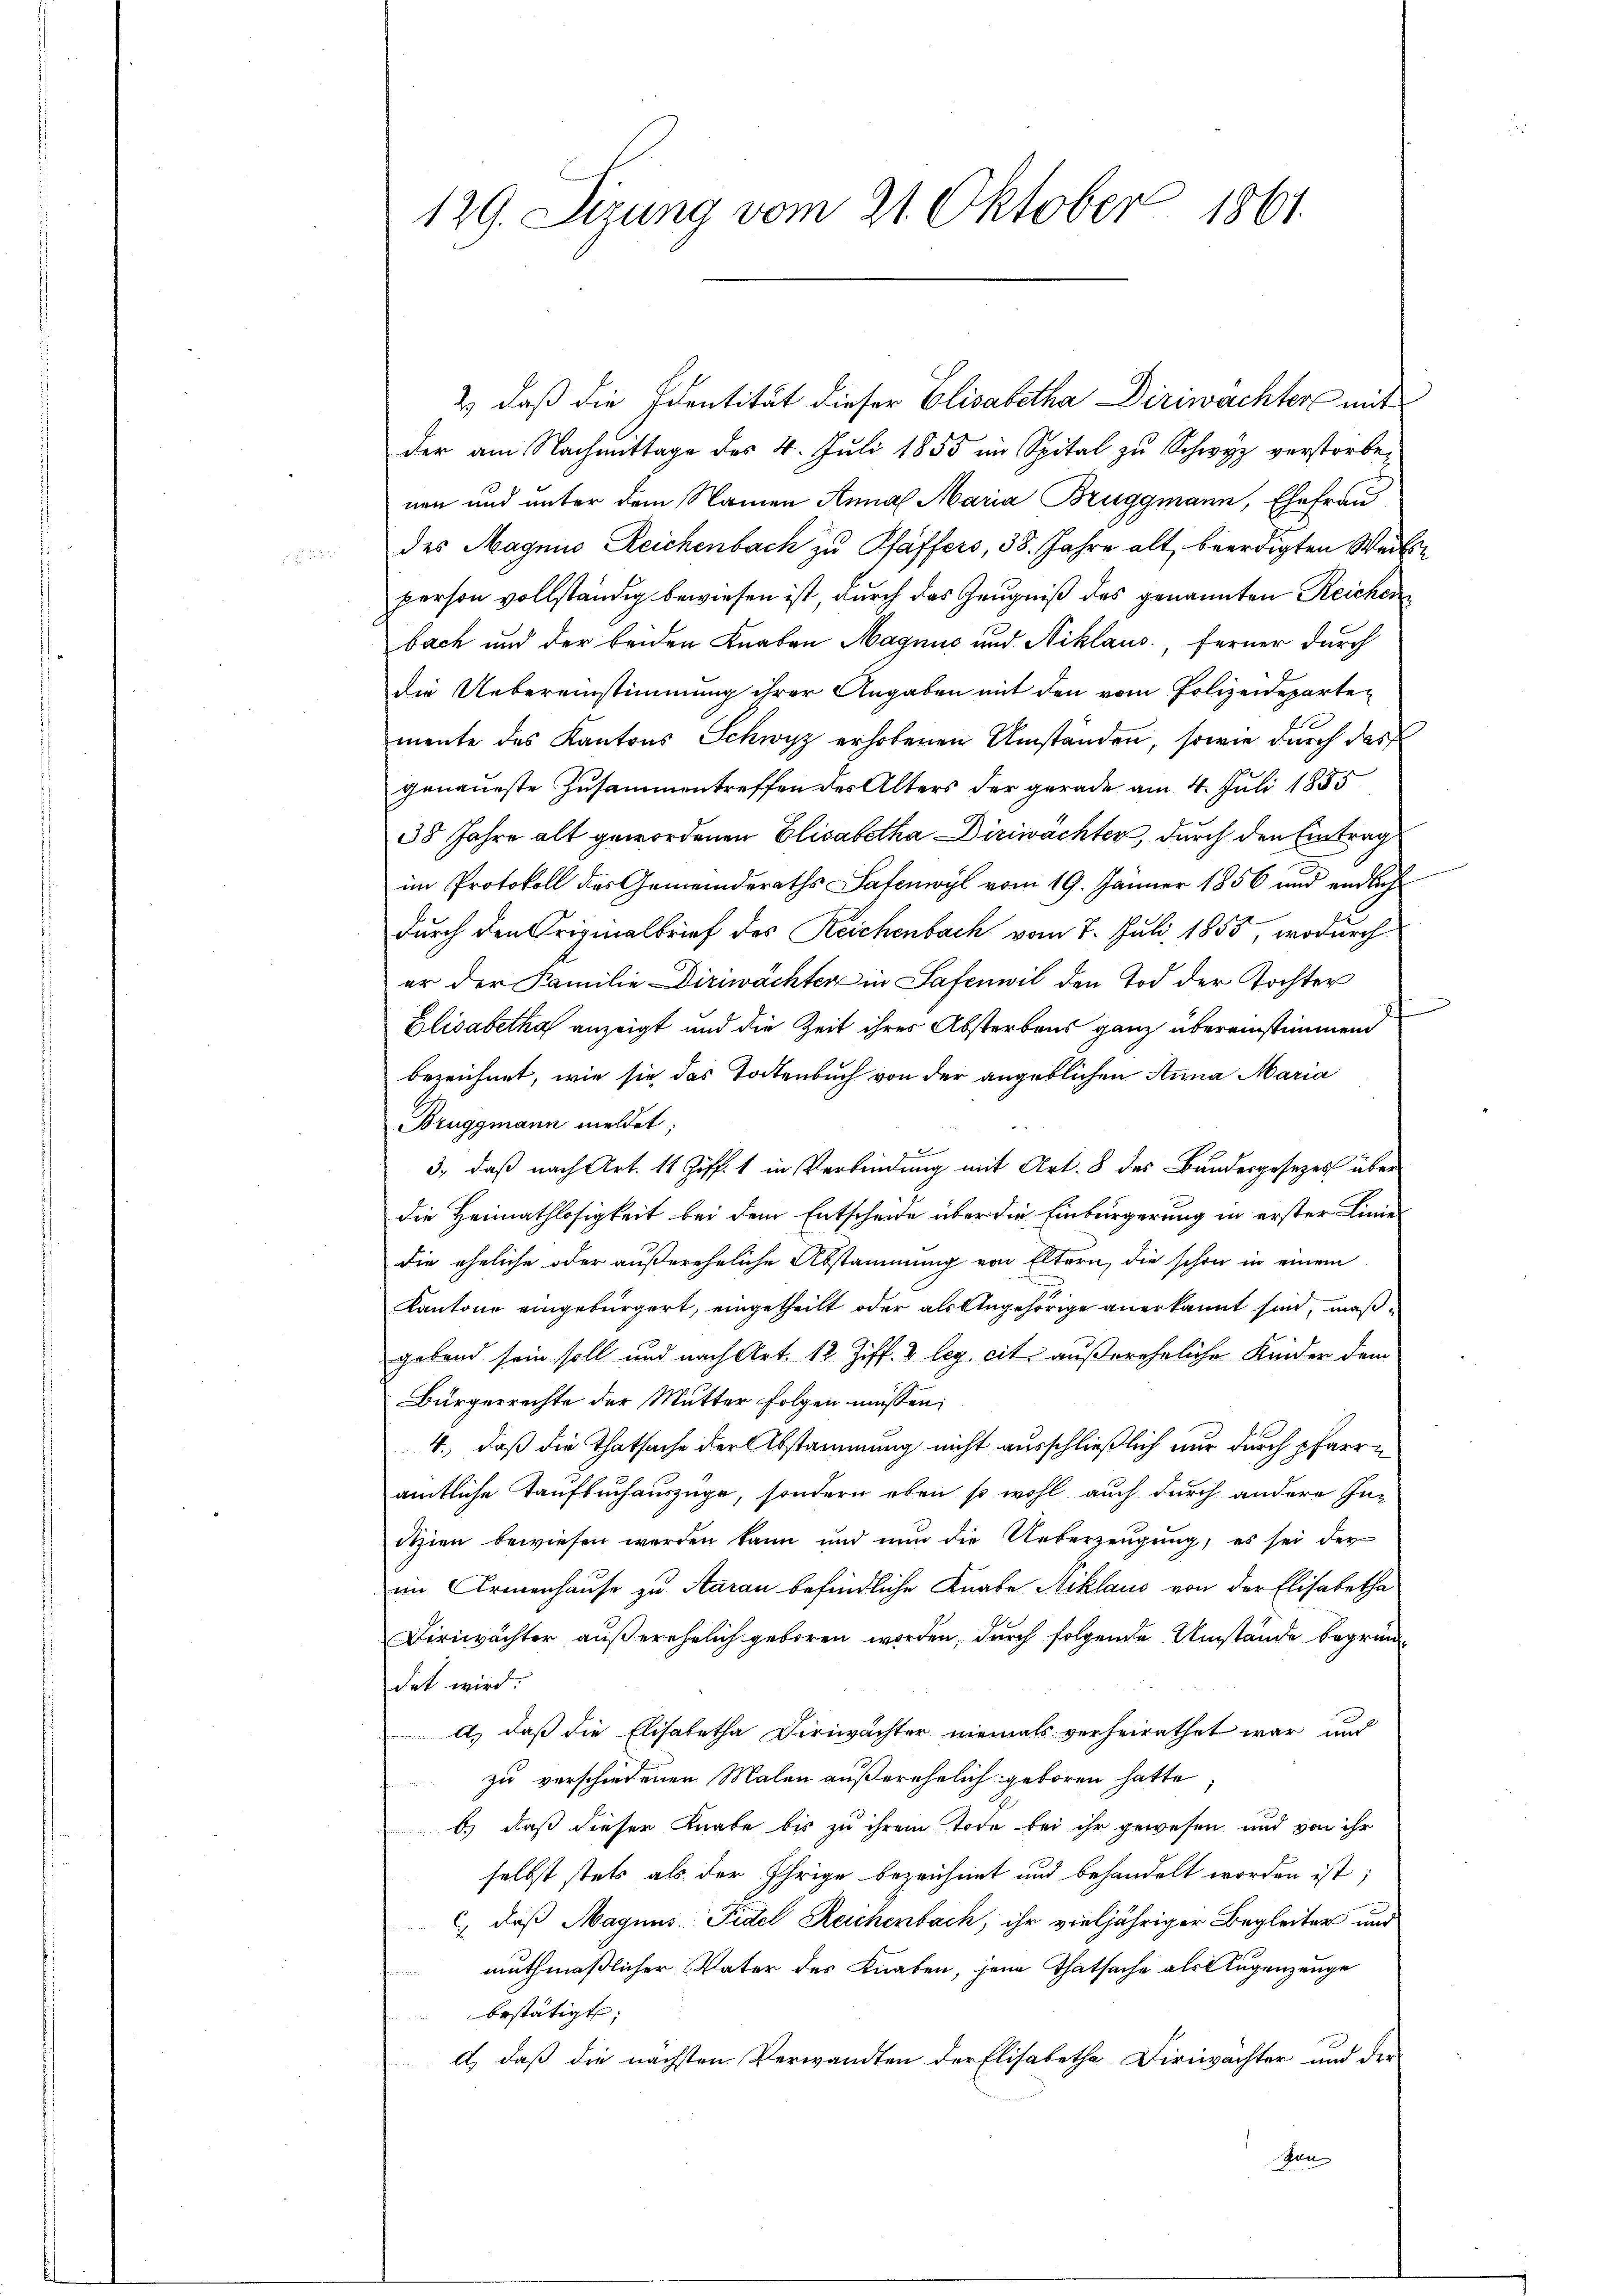
129. Sizung vom 21. Oktober 1861.

2) daß die Identität dieser Elisabetha Diriwachters mit
der am Nachmittage des 4. Juli 1855 im Spital zu Schwyz verstorbenen und unter dem Namen Anna Maria Bruggmann, Ehefrau
des Magnis Reichenbach zu Pfäffers, 38. Jahre alt, beerdigten Weibsperson vollständig bewiesen ist, durch das Zeugniß des genannten Reichen
bach und der beiden Knaben Magnus und Niklaus, ferner durch
die Uebereinstimmung ihrer Angaben mit den vom Polizeidepartemente des Kantons Schwyz erhobenen Umständen, sowie durch das
genaueste Zusammentreffen des Alters der gerade am 4. Juli 1885
38 Jahre alt gewordenen Elisabetha Diriwächter, durch den Eintrag
im Protokoll das Gemeinderaths Safenwyl vom 19. Jänner 1856 und endlich
durch den Originalbrief des Reichenbach vom 7. Juli 1855, wodurch
er der Familie Diriwächter in Safenwil den Tod der Tochter
Elisabetha anzeigt und die Zeit ihres Absterbens ganz übereinstimmend
bezeichnet, wie sie das Todtenbuch von der angeblichen Anna Maria
Bruggmann meldet;
1
3., daß nach Art. 11 Ziff. 1 in Verbindung mit Art. 8 des Bundesgesezes über
die Heimathlosigkeit bei dem Entscheide über die Einbürgerung in erster Linie
die eheliche oder außereheliche Abstammung von Eltern, die schon in einem
Kantone eingebürgert, eingetheilt oder als Angehörige anerkannt sind, maßgebend sein soll und nach Art. 12. Ziff. 2 leg, cit außereheliche Kinder dem
Bürgerrechte der Mutter folgen müssen:
4., daß die Thatsache der Abstammung nicht ausschließlich nur durch pfarre
amtliche Taufbuchauszüge, sondern eben so wohl auch durch andere Initzien bewiesen werden kann und nun die Ueberzeugung, es sei der
im Armenhause zu Saran befindliche Knabe Niklaus von der Elisabetha
Diriwächter außerehelich geboren worden, durch folgende Umstände begründet wird.
A.) daß die Elisabetha Diriwächter niemals verheirathet war und
zu verschiedenen Malen außerehelich geboren hatte
) daß dieser Knabe bis zu ihrem Tode bei ihr gewesen und von ihr
selbst stets als der Ihrige bezeichnet und behandelt worden ist;
c.) daß Magnus Fidel Reichenbach, ihr vieljähriger Begleiter und
muthmaßlicher Vater des Knaben, jene Thatsache als Augenzeuge
bestätigt;
d) daß die nächsten Verwandten der Elisabetha Diriwachter und der
Ien |